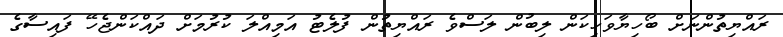
ރައްޔިތުންނަށް ބޯހިޔާވަހިކަން ލިބުން ލަސްވެ ރައްޔިތުން ފުލެޓު އަމިއްލަ ކުރުމަށް ދައްކަންޖެހޭ ފައިސާގެ